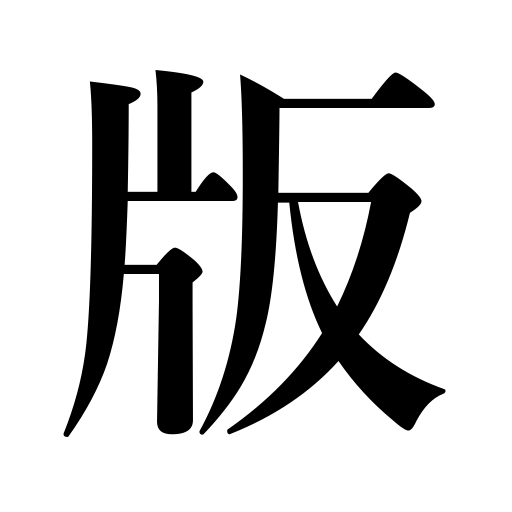
Meanings: label,board,printing,printing block or plate,impression,edition